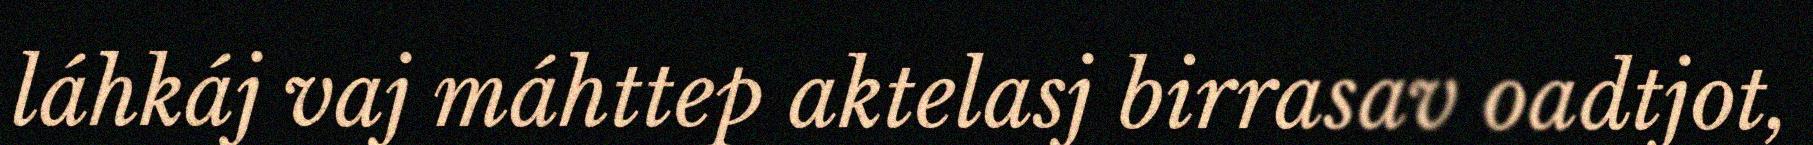
láhkáj vaj máhttep aktelasj birrasav oadtjot,